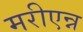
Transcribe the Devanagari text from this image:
मरीएन्न